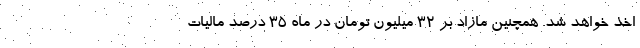
اخذ خواهد شد. همچنین مازاد بر 32 میلیون تومان در ماه 35 درصد مالیات